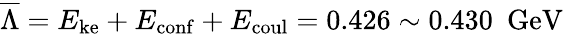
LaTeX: \overline{{{\Lambda}}}=E_{\mathrm{ke}}+E_{\mathrm{conf}}+E_{\mathrm{coul}}=0.426\sim 0.430~~\mathrm{GeV}